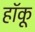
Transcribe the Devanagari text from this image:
हॉकू